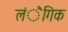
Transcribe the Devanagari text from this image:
लंैगिक